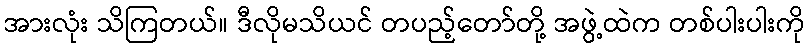
အားလုံး သိကြတယ်။ ဒီလိုမသိယင် တပည့်တော်တို့ အဖွဲ့ထဲက တစ်ပါးပါးကို